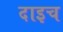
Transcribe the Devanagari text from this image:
दाइच